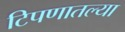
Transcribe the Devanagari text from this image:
टिपणातल्या